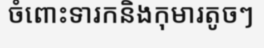
ចំពោះទារកនិងកុមារតូចៗ